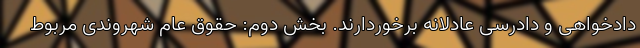
دادخواهی و دادرسی عادلانه برخوردارند. بخش دوم: حقوق عام شهروندی مربوط